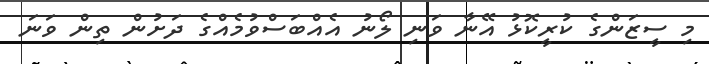
މި ސީޒަންގެ ކުރީކޮޅު އޭނާ ވަނި ލޯނު އެއްބަސްވުމެއްގެ ދަށުން ތިން ވަނަ